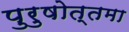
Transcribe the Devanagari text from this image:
पुरुषोत्तमा